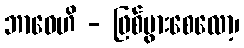
ဘာဝေဟိ - ဖြစ်ပွားစေလော့၊